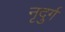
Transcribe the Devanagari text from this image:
नृदुर्ग